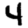
Digit: 4